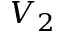
V _ { 2 }